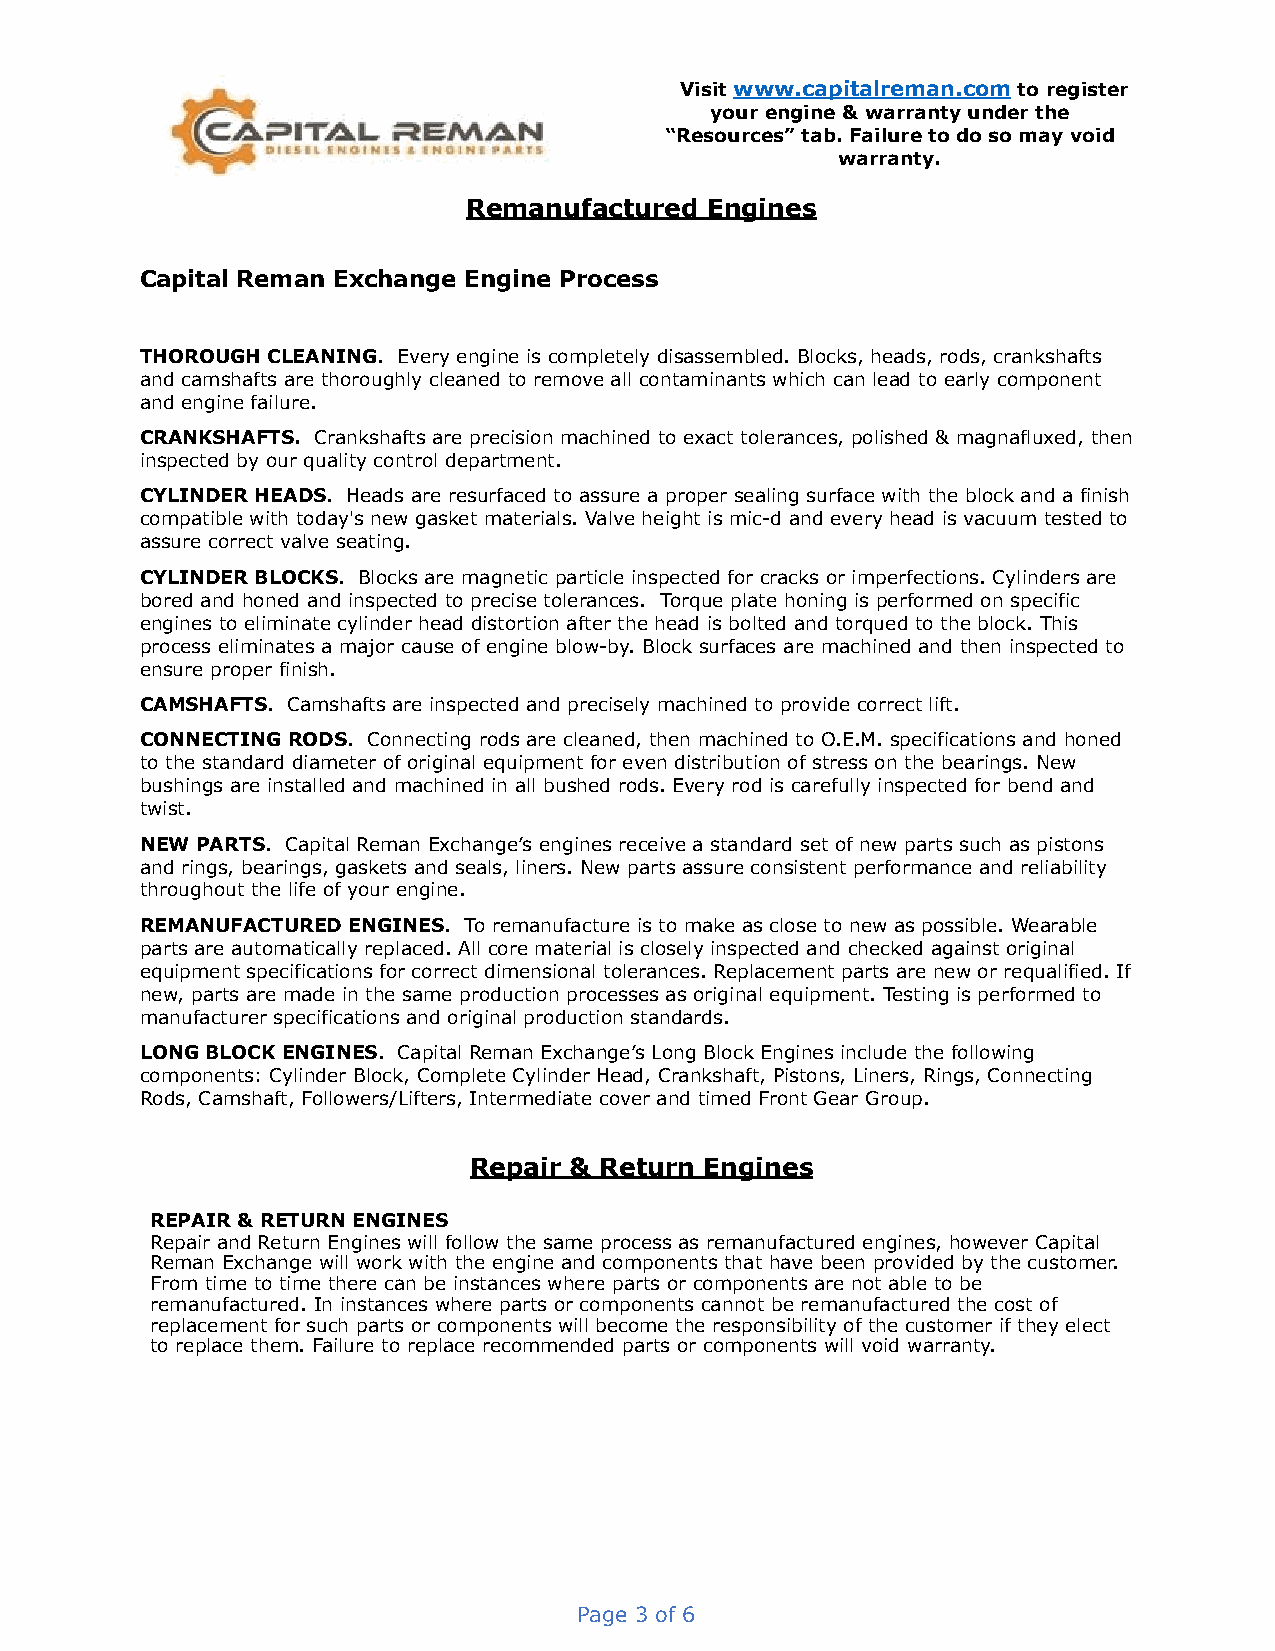
Visit www.capitalreman.com to register
 your engine & warranty under the
 “Resources” tab. Failure to do so may void
 warranty.
 Remanufactured  Engines
 Capital Reman Exchange Engine Process
 THOROUGH CLEANING. Every engine is completely disassembled. Blocks, heads, rods, crankshafts
 and camshafts are thoroughly cleaned to remove all contaminants which can lead to early component
 and engine failure.
 CRANKSHAFTS. Crankshafts are precision machined to exact tolerances, polished & magnafluxed, then
 inspected by our quality control department.
 CYLINDER HEADS. Heads are resurfaced to assure a proper sealing surface with the block and a finish
 compatible with today's new gasket materials. Valve height is mic-d and every head is vacuum tested to
 assure correct valve seating.
 CYLINDER BLOCKS. Blocks are magnetic particle inspected for cracks or imperfections. Cylinders are
 bored and honed and inspected to precise tolerances. Torque plate honing is performed on specific
 engines to eliminate cylinder head distortion after the head is bolted and torqued to the block. This
 process eliminates a major cause of engine blow-by. Block surfaces are machined and then inspected to
 ensure proper finish.
 CAMSHAFTS. Camshafts are inspected and precisely machined to provide correct lift.
 CONNECTING RODS. Connecting rods are cleaned, then machined to O.E.M. specifications and honed
 to the standard diameter of original equipment for even distribution of stress on the bearings. New
 bushings are installed and machined in all bushed rods. Every rod is carefully inspected for bend and
 twist.
 NEW PARTS. Capital Reman Exchange’s engines receive a standard set of new parts such as pistons
 and rings, bearings, gaskets and seals, liners. New parts assure consistent performance and reliability
 throughout the life of your engine.
 REMANUFACTURED ENGINES. To remanufacture is to make as close to new as possible. Wearable
 parts are automatically replaced. All core material is closely inspected and checked against original
 equipment specifications for correct dimensional tolerances. Replacement parts are new or requalified. If
 new, parts are made in the same production processes as original equipment. Testing is performed to
 manufacturer specifications and original production standards.
 LONG BLOCK ENGINES. Capital Reman Exchange’s Long Block Engines include the following
 components: Cylinder Block, Complete Cylinder Head, Crankshaft, Pistons, Liners, Rings, Connecting
 Rods, Camshaft, Followers/Lifters, Intermediate cover and timed Front Gear Group.
 Repair & Return Engines
 REPAIR & RETURN ENGINES
 Repair and Return Engines will follow the same process as remanufactured engines, however Capital
 Reman Exchange will work with the engine and components that have been provided by the customer.
 From time to time there can be instances where parts or components are not able to be
 remanufactured. In instances where parts or components cannot be remanufactured the cost of
 replacement for such parts or components will become the responsibility of the customer if they elect
 to replace them. Failure to replace recommended parts or components will void warranty.
 Page 3 of 6